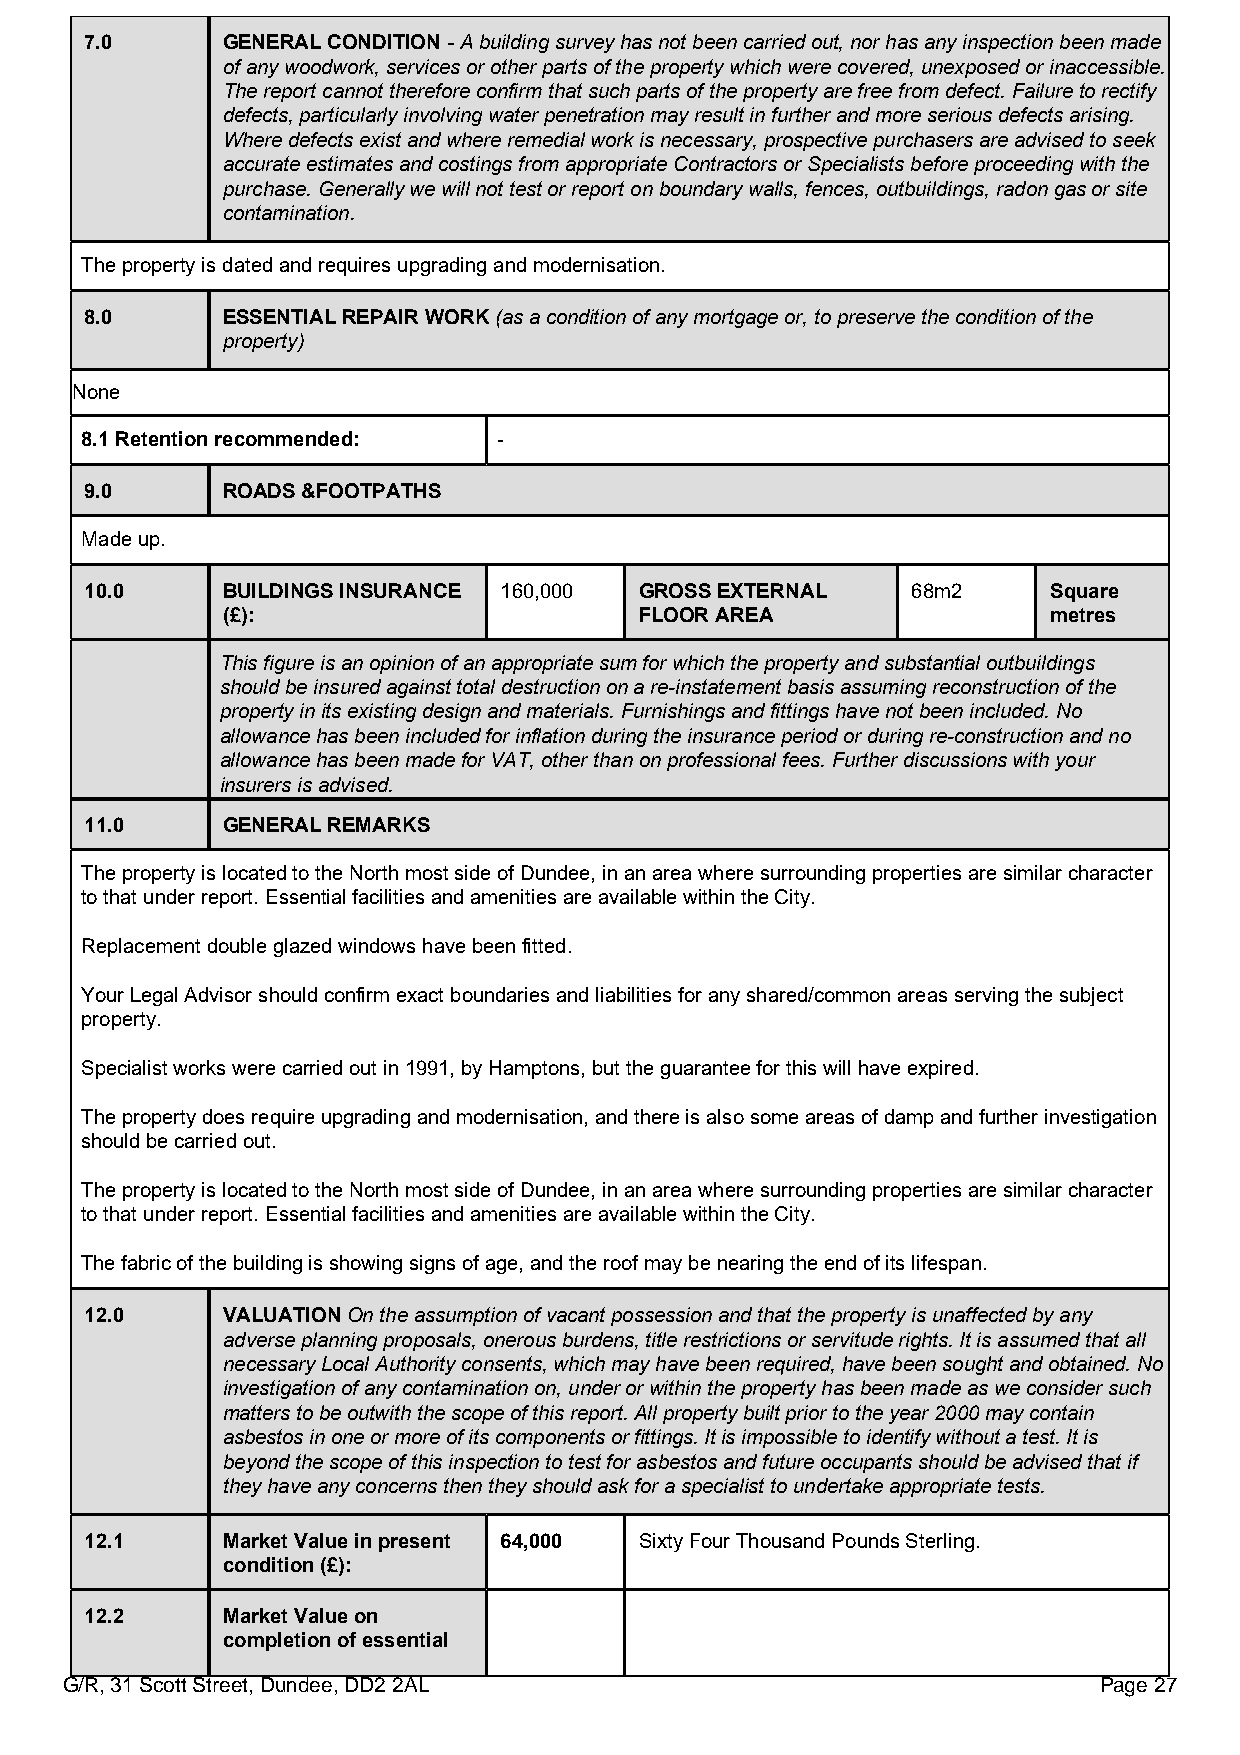
7.0      GENERAL CONDITION - A building survey has not been carried out, nor has any inspection been made
 of any woodwork, services or other parts of the property which were covered, unexposed or inaccessible.
 The report cannot therefore confirm that such parts of the property are free from defect. Failure to rectify
 defects, particularly involving water penetration may result in further and more serious defects arising.
 Where defects exist and where remedial work is necessary, prospective purchasers are advised to seek
 accurate estimates and costings from appropriate Contractors or Specialists before proceeding with the
 purchase. Generally we will not test or report on boundary walls, fences, outbuildings, radon gas or site
 contamination.
 The property is dated and requires upgrading and modernisation.
 8.0      ESSENTIAL REPAIR WORK (as a condition of any mortgage or, to preserve the condition of the
 property)
 None
 8.1 Retention recommended:  -
 9.0      ROADS &FOOTPATHS
 Made up.
 10.0     BUILDINGS INSURANCE 160,000 GROSS EXTERNAL   68m2     Square
 (£):                       FLOOR AREA                 metres
 This figure is an opinion of an appropriate sum for which the property and substantial outbuildings
 should be insured against total destruction on a re-instatement basis assuming reconstruction of the
 property in its existing design and materials. Furnishings and fittings have not been included. No
 allowance has been included for inflation during the insurance period or during re-construction and no
 allowance has been made for VAT, other than on professional fees. Further discussions with your
 insurers is advised.
 11.0     GENERAL REMARKS
 The property is located to the North most side of Dundee, in an area where surrounding properties are similar character
 to that under report. Essential facilities and amenities are available within the City.
 Replacement double glazed windows have been fitted.
 Your Legal Advisor should confirm exact boundaries and liabilities for any shared/common areas serving the subject
 property.
 Specialist works were carried out in 1991, by Hamptons, but the guarantee for this will have expired.
 The property does require upgrading and modernisation, and there is also some areas of damp and further investigation
 should be carried out.
 The property is located to the North most side of Dundee, in an area where surrounding properties are similar character
 to that under report. Essential facilities and amenities are available within the City.
 The fabric of the building is showing signs of age, and the roof may be nearing the end of its lifespan.
 12.0     VALUATION On the assumption of vacant possession and that the property is unaffected by any
 adverse planning proposals, onerous burdens, title restrictions or servitude rights. It is assumed that all
 necessary Local Authority consents, which may have been required, have been sought and obtained. No
 investigation of any contamination on, under or within the property has been made as we consider such
 matters to be outwith the scope of this report. All property built prior to the year 2000 may contain
 asbestos in one or more of its components or fittings. It is impossible to identify without a test. It is
 beyond the scope of this inspection to test for asbestos and future occupants should be advised that if
 they have any concerns then they should ask for a specialist to undertake appropriate tests.
 12.1     Market Value in present 64,000 Sixty Four Thousand Pounds Sterling.
 condition (£):
 12.2     Market Value on
 completion of essential
 G/R, 31 Scott Street, Dundee, DD2 2AL                                Page 27